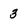
Character: 3